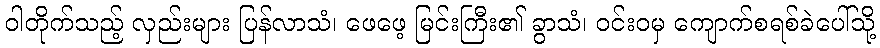
ဝါတိုက်သည့် လှည်းများ ပြန်လာသံ၊ ဖေဖေ့ မြင်းကြီး၏ ခွာသံ၊ ဝင်းဝမှ ကျောက်စရစ်ခဲပေါ်သို့